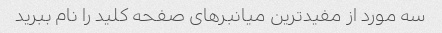
سه مورد از مفیدترین میانبرهای صفحه کلید را نام ببرید